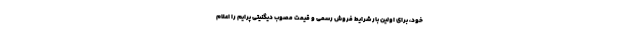
خود، برای اولین بار شرایط فروش رسمی و قیمت مصوب دیگنیتی پرایم را اعلام